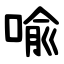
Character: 喩